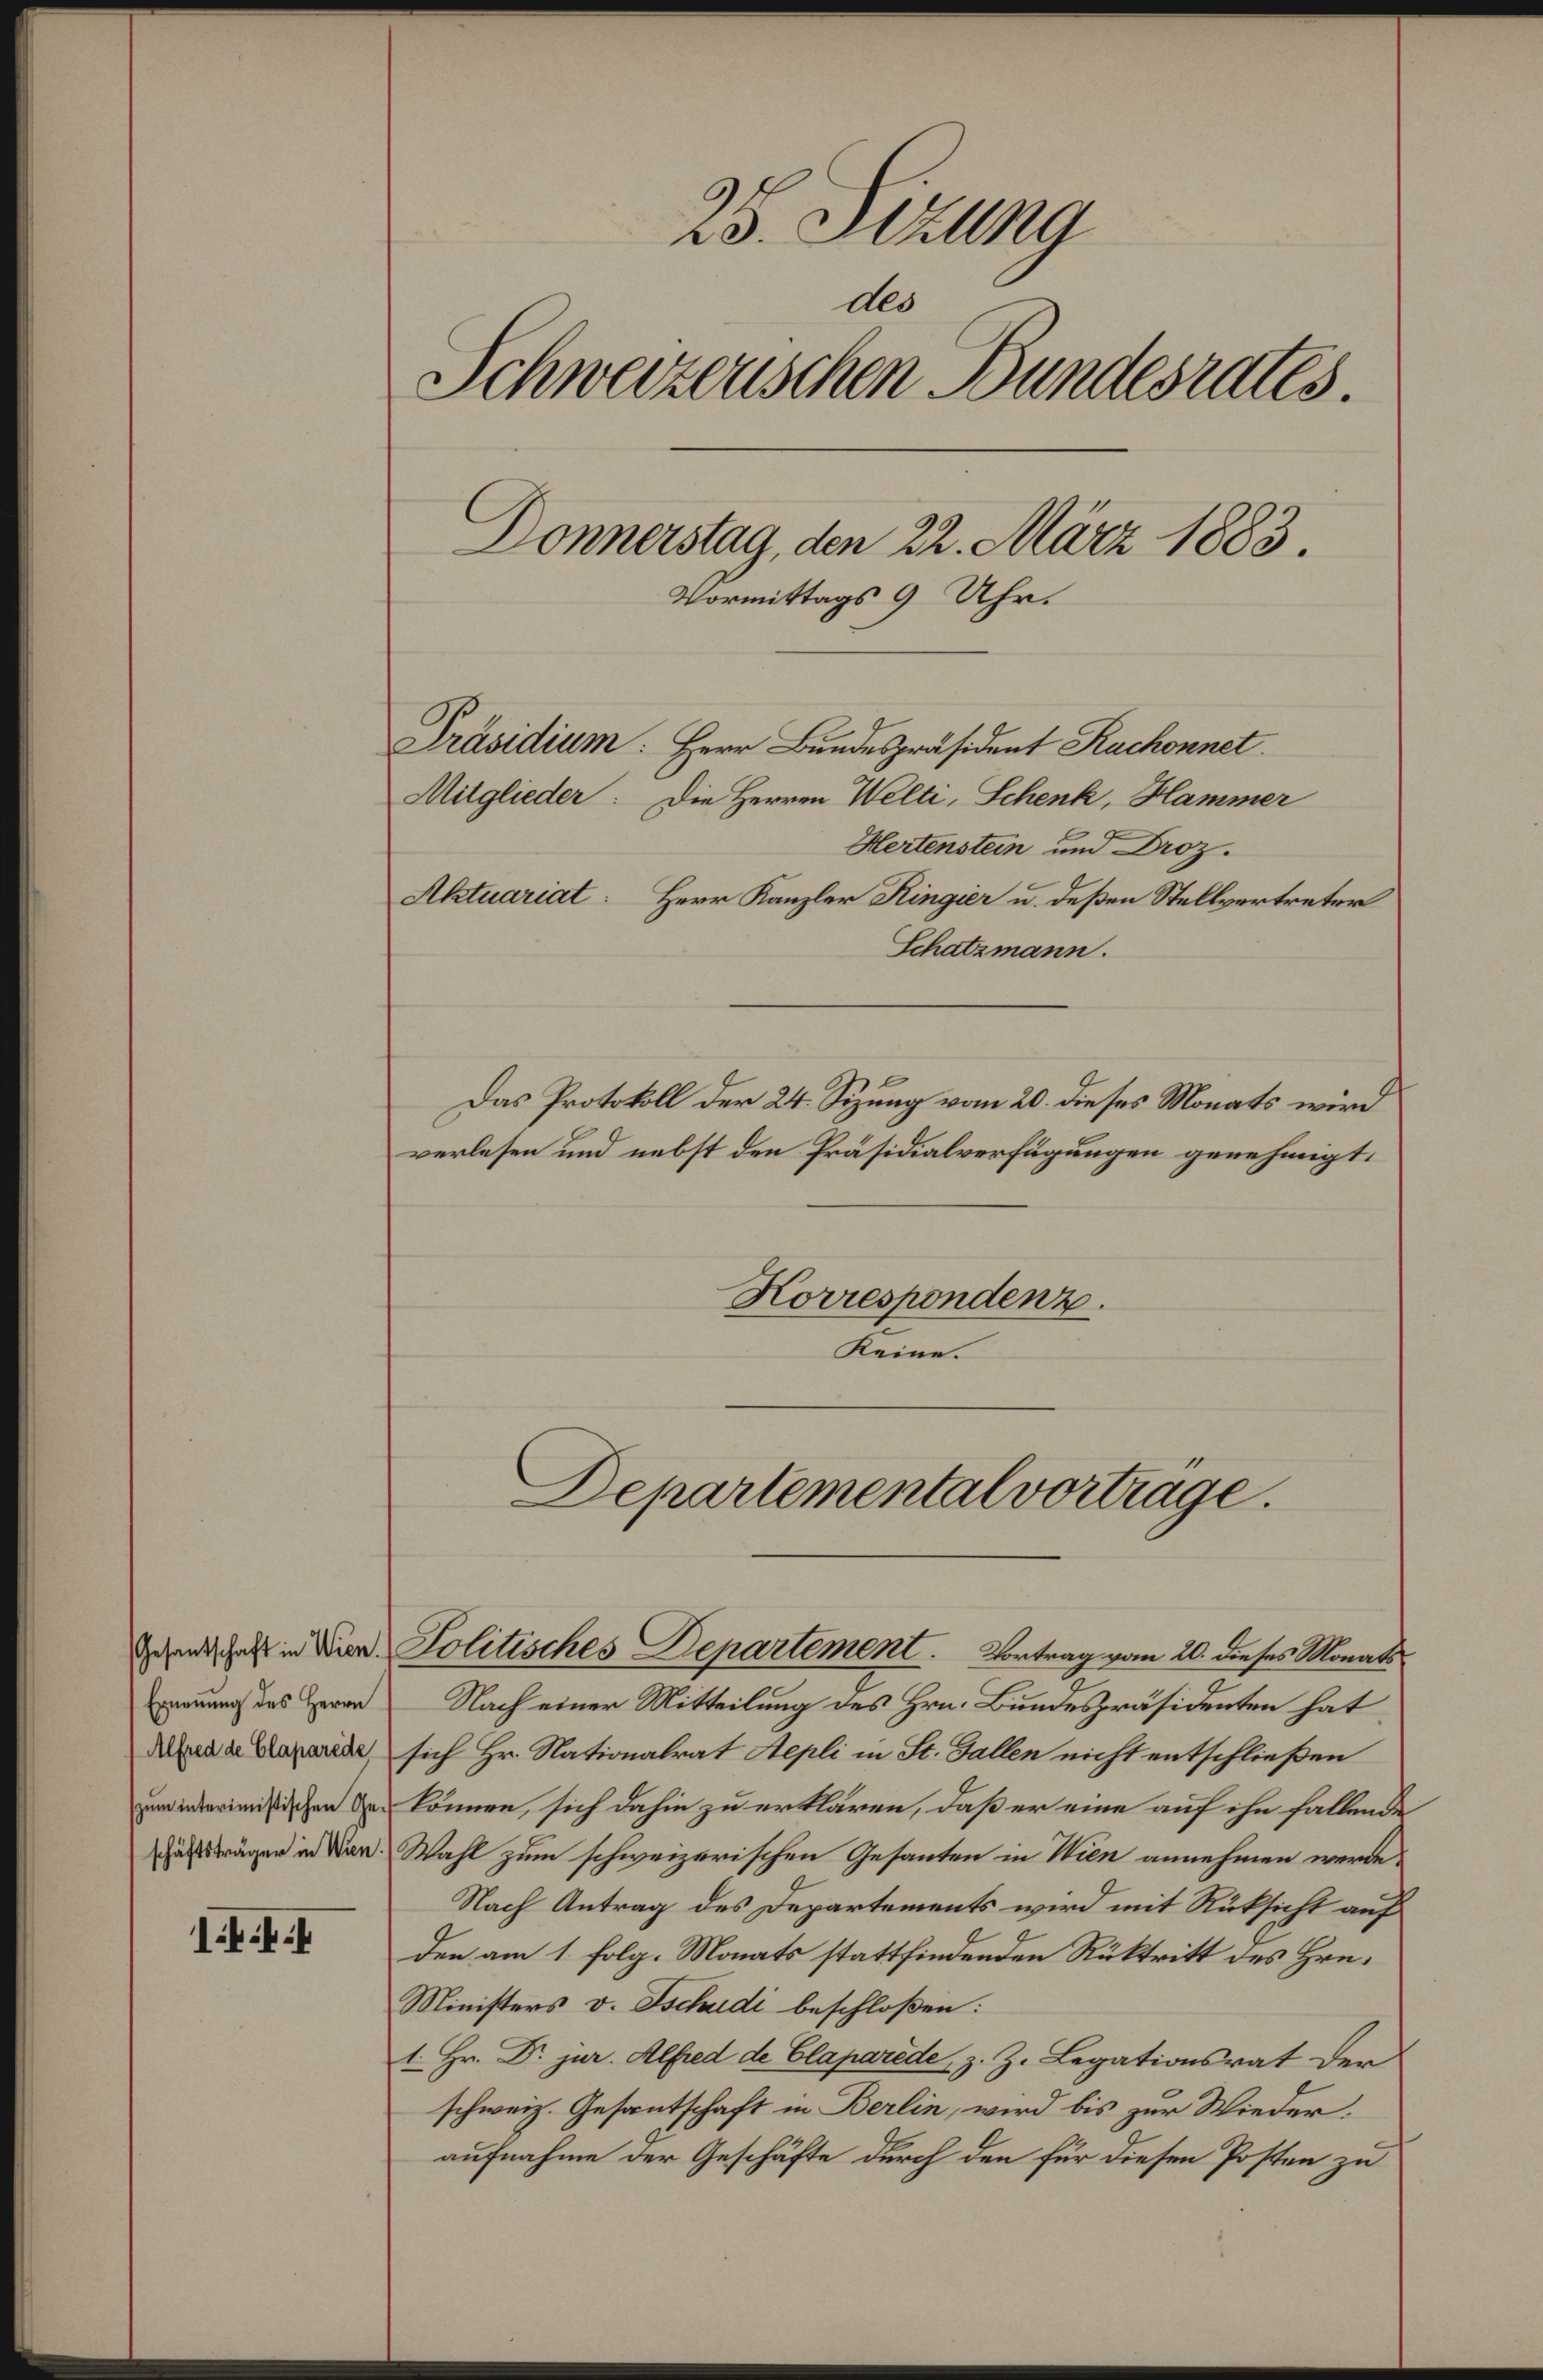
Gesantschaft in Wien.
Ernennung des Herrn
Alfred de Claparede
zum interimistischen Geschäftsträger in Wien.

1

25. Setzung
des
Schweizerischen Bundesrates.
Donnerstag, den 22. März 1883.
Vormittags 9 Uhr.
Präsidium: Herr Bundespräsident Rachonnet.
Mitglieder: Die Herren Welti-Schenk, Hammer
Hertenstein und Droz.
Aktuariat: Herr Kanzler Ringier u. deßen Stellvertreter
Schatzmann.
Das Protokoll der 24. Sizung vom 20. dieses Monats wird

verlesen und nebst den Präsidialverfügungen genehmigt.
Korrespondenz.
Keine.

Nach einer Mitteilung des Hrn. Bundespräsidenten hat
sich Hr. Nationalrat Aepli in St. Gallen nicht entschließen
können, sich dahin zu erklären, daß er eine auf ihn fallende
Wahl zum schweizerischen Gesanten in Wien annehmen werde,
Nach Antrag des Departements wird mit Rüksicht auf
den am 1. folg. Monats stattfindenden Rücktritt des Hrn.
Ministers v. Tschudi beschloßen:
1. Hr. Dr. jur. Alfred de Claparede, z. Z. Legationsrat der
schweiz. Gesantschaft in Berlin, wird bis zur Wiederaufnahme der Geschäfte durch den für diesen Posten zu

Departemental vortrage.

Politisches Departement. Vortrag vom 20. dieses Monats